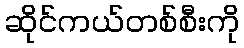
ဆိုင်ကယ်တစ်စီးကို